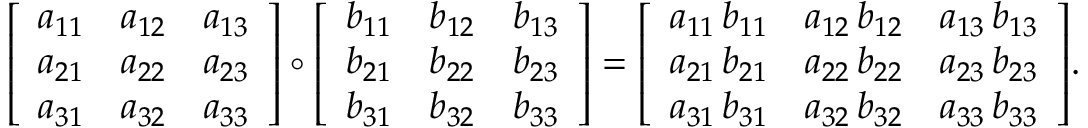
{ \left[ \begin{array} { l l l } { a _ { 1 1 } } & { a _ { 1 2 } } & { a _ { 1 3 } } \\ { a _ { 2 1 } } & { a _ { 2 2 } } & { a _ { 2 3 } } \\ { a _ { 3 1 } } & { a _ { 3 2 } } & { a _ { 3 3 } } \end{array} \right] } \circ { \left[ \begin{array} { l l l } { b _ { 1 1 } } & { b _ { 1 2 } } & { b _ { 1 3 } } \\ { b _ { 2 1 } } & { b _ { 2 2 } } & { b _ { 2 3 } } \\ { b _ { 3 1 } } & { b _ { 3 2 } } & { b _ { 3 3 } } \end{array} \right] } = { \left[ \begin{array} { l l l } { a _ { 1 1 } \, b _ { 1 1 } } & { a _ { 1 2 } \, b _ { 1 2 } } & { a _ { 1 3 } \, b _ { 1 3 } } \\ { a _ { 2 1 } \, b _ { 2 1 } } & { a _ { 2 2 } \, b _ { 2 2 } } & { a _ { 2 3 } \, b _ { 2 3 } } \\ { a _ { 3 1 } \, b _ { 3 1 } } & { a _ { 3 2 } \, b _ { 3 2 } } & { a _ { 3 3 } \, b _ { 3 3 } } \end{array} \right] } .